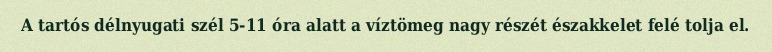
A tartós délnyugati szél 5-11 óra alatt a víztömeg nagy részét északkelet felé tolja el.